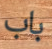
باب